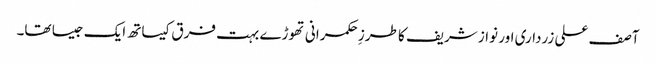
آصف علی زرداری اور نواز شریف کا طرزِ حکمرانی تھوڑے بہت فرق کیساتھ ایک جیسا تھا۔